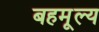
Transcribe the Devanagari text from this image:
बहमूल्य